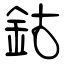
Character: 鈷